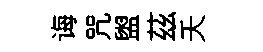
诲咒盥茲夭